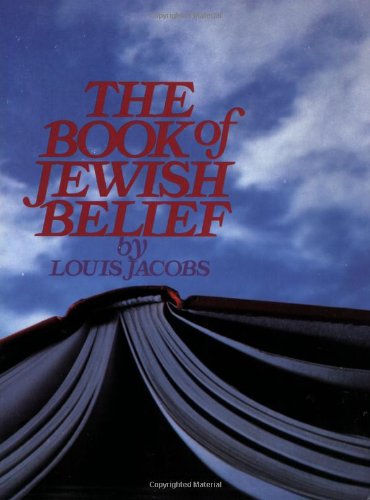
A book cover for The Book of Jewish Belief; Louis Jacobs; Children's Books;